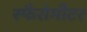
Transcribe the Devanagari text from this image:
स्फैरोमीटर